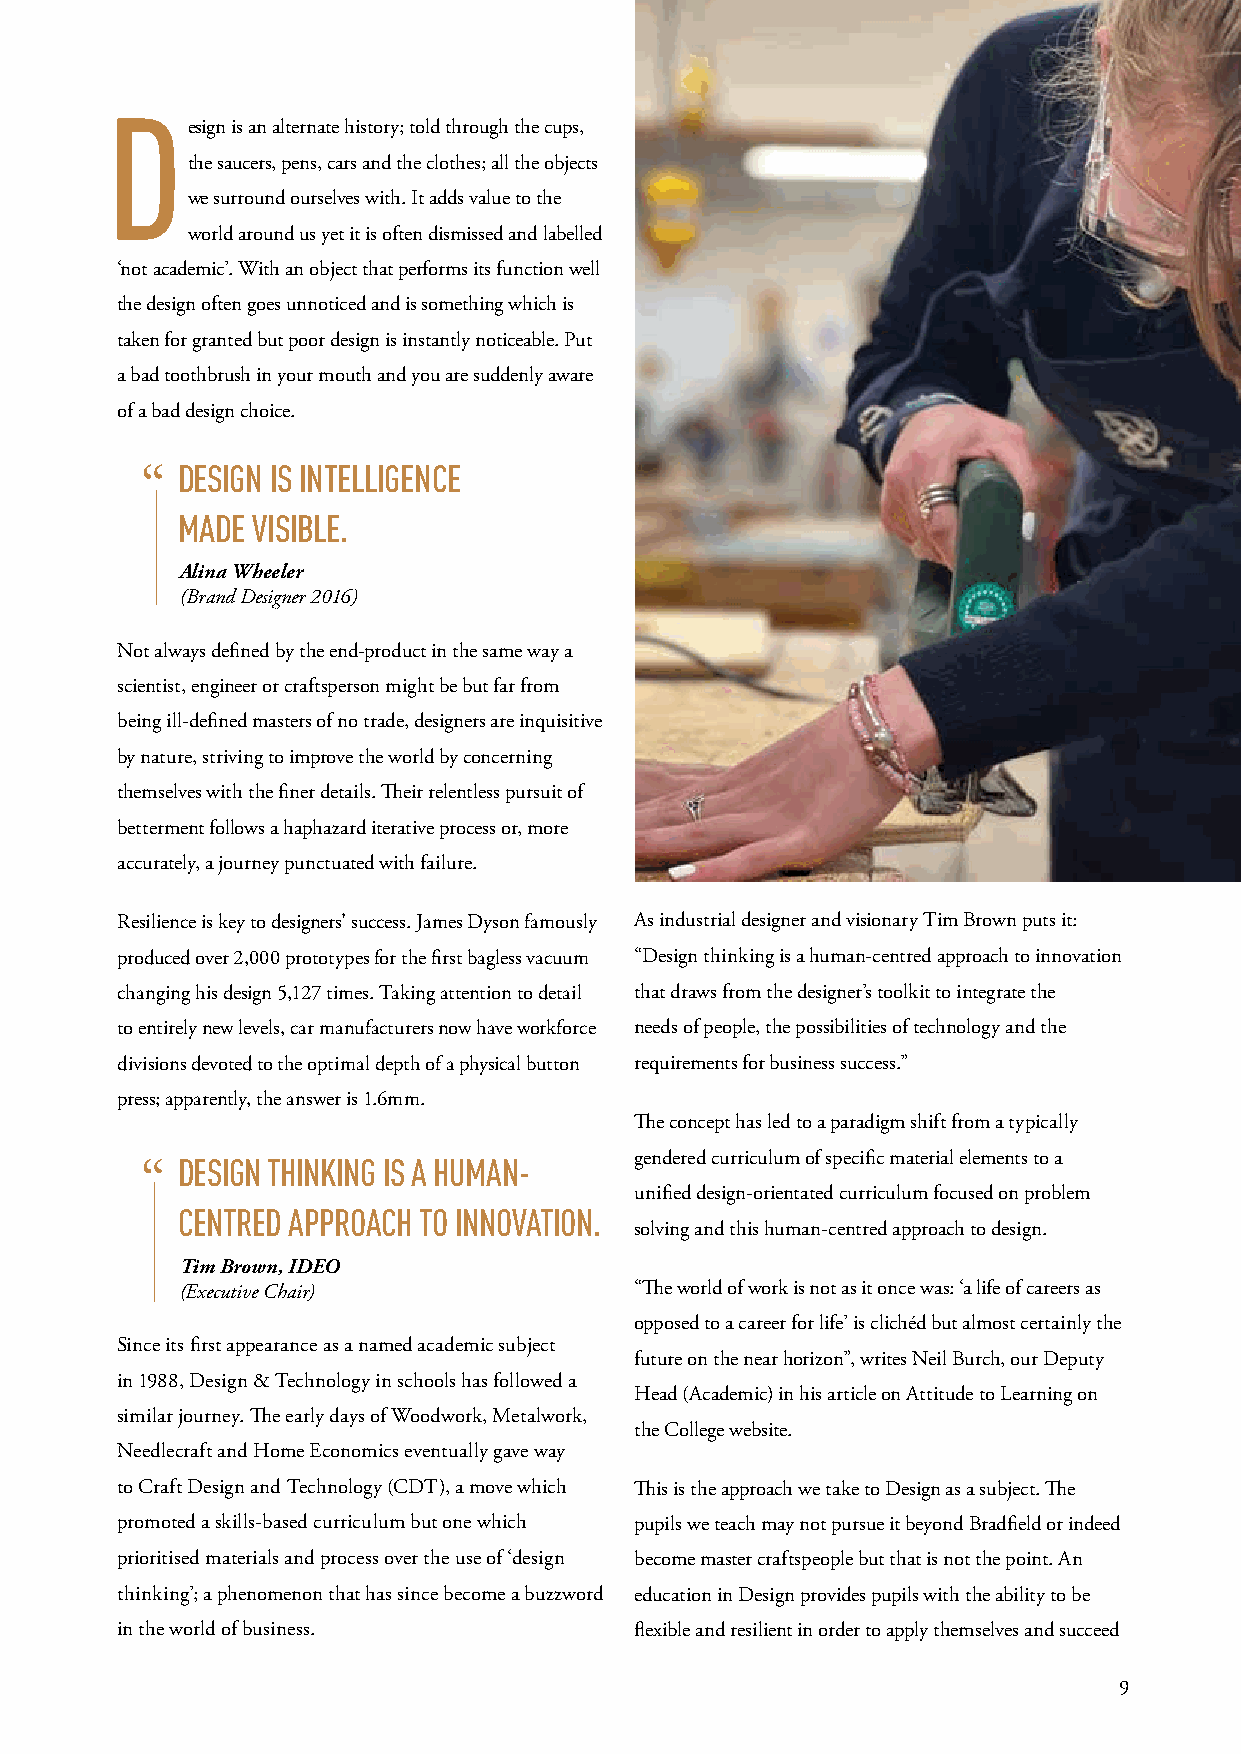
D
 esign is an alternate history; told through the cups,
 the saucers, pens, cars and the clothes; all the objects
 we surround ourselves with. It adds value to the
 world around us yet it is often dismissed and labelled
 ‘not academic’. With an object that performs its function well
 the design often goes unnoticed and is something which is
 taken for granted but poor design is instantly noticeable. Put
 a bad toothbrush in your mouth and you are suddenly aware
 of a bad design choice.
 DESIGN IS INTELLIGENCE
 “
 MADE VISIBLE.
 Alina Wheeler
 (Brand Designer 2016)
 Not always defined by the end-product in the same way a
 scientist, engineer or craftsperson might be but far from
 being ill-defined masters of no trade, designers are inquisitive
 by nature, striving to improve the world by concerning
 themselves with the finer details. Their relentless pursuit of
 betterment follows a haphazard iterative process or, more
 accurately, a journey punctuated with failure.
 Resilience is key to designers’ success. James Dyson famously As industrial designer and visionary Tim Brown puts it:
 produced over 2,000 prototypes for the first bagless vacuum “Design thinking is a human-centred approach to innovation
 changing his design 5,127 times. Taking attention to detail that draws from the designer’s toolkit to integrate the
 to entirely new levels, car manufacturers now have workforce needs of people, the possibilities of technology and the
 divisions devoted to the optimal depth of a physical button requirements for business success.”
 press; apparently, the answer is 1.6mm.
 The concept has led to a paradigm shift from a typically
 DESIGN THINKING IS A HUMAN-   gendered curriculum of specific material elements to a
 “
 unified design-orientated curriculum focused on problem
 CENTRED APPROACH TO INNOVATION.
 solving and this human-centred approach to design.
 Tim Brown, IDEO
 (Executive Chair)             “The world of work is not as it once was: ‘a life of careers as
 opposed to a career for life’ is clichéd but almost certainly the
 Since its first appearance as a named academic subject
 future on the near horizon”, writes Neil Burch, our Deputy
 in 1988, Design & Technology in schools has followed a
 Head (Academic) in his article on Attitude to Learning on
 similar journey. The early days of Woodwork, Metalwork,
 the College website.
 Needlecraft and Home Economics eventually gave way
 to Craft Design and Technology (CDT), a move which This is the approach we take to Design as a subject. The
 promoted a skills-based curriculum but one which pupils we teach may not pursue it beyond Bradfield or indeed
 prioritised materials and process over the use of ‘design become master craftspeople but that is not the point. An
 thinking’; a phenomenon that has since become a buzzword education in Design provides pupils with the ability to be
 in the world of business.         flexible and resilient in order to apply themselves and succeed
 9